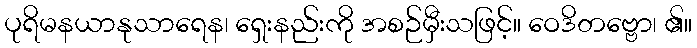
ပုရိမနယာနုသာရေန၊ ရှေးနည်းကို အစဉ်မှီးသဖြင့်။ ဝေဒိတဗ္ဗော၊ ၏။